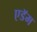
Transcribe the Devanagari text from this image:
एडॅम